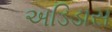
અડિડાસ